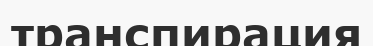
транспирация